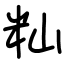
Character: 籼